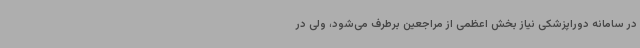
در سامانه دوراپزشکی نیاز بخش اعظمی از مراجعین برطرف می‌شود، ولی در